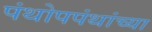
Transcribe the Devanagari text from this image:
पंथोपपंथांच्या